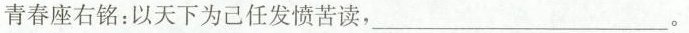
青春座右铭：以天下为己任发愤苦读,